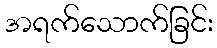
အရက်သောက်ခြင်း